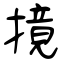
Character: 摬